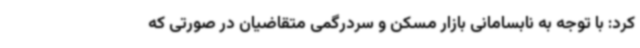
کرد: با توجه به نابسامانی بازار مسکن و سردرگمی متقاضیان در صورتی که